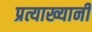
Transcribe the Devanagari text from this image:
प्रत्याख्यानी